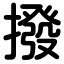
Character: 撥